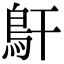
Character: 𩾝